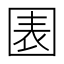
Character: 𡈂